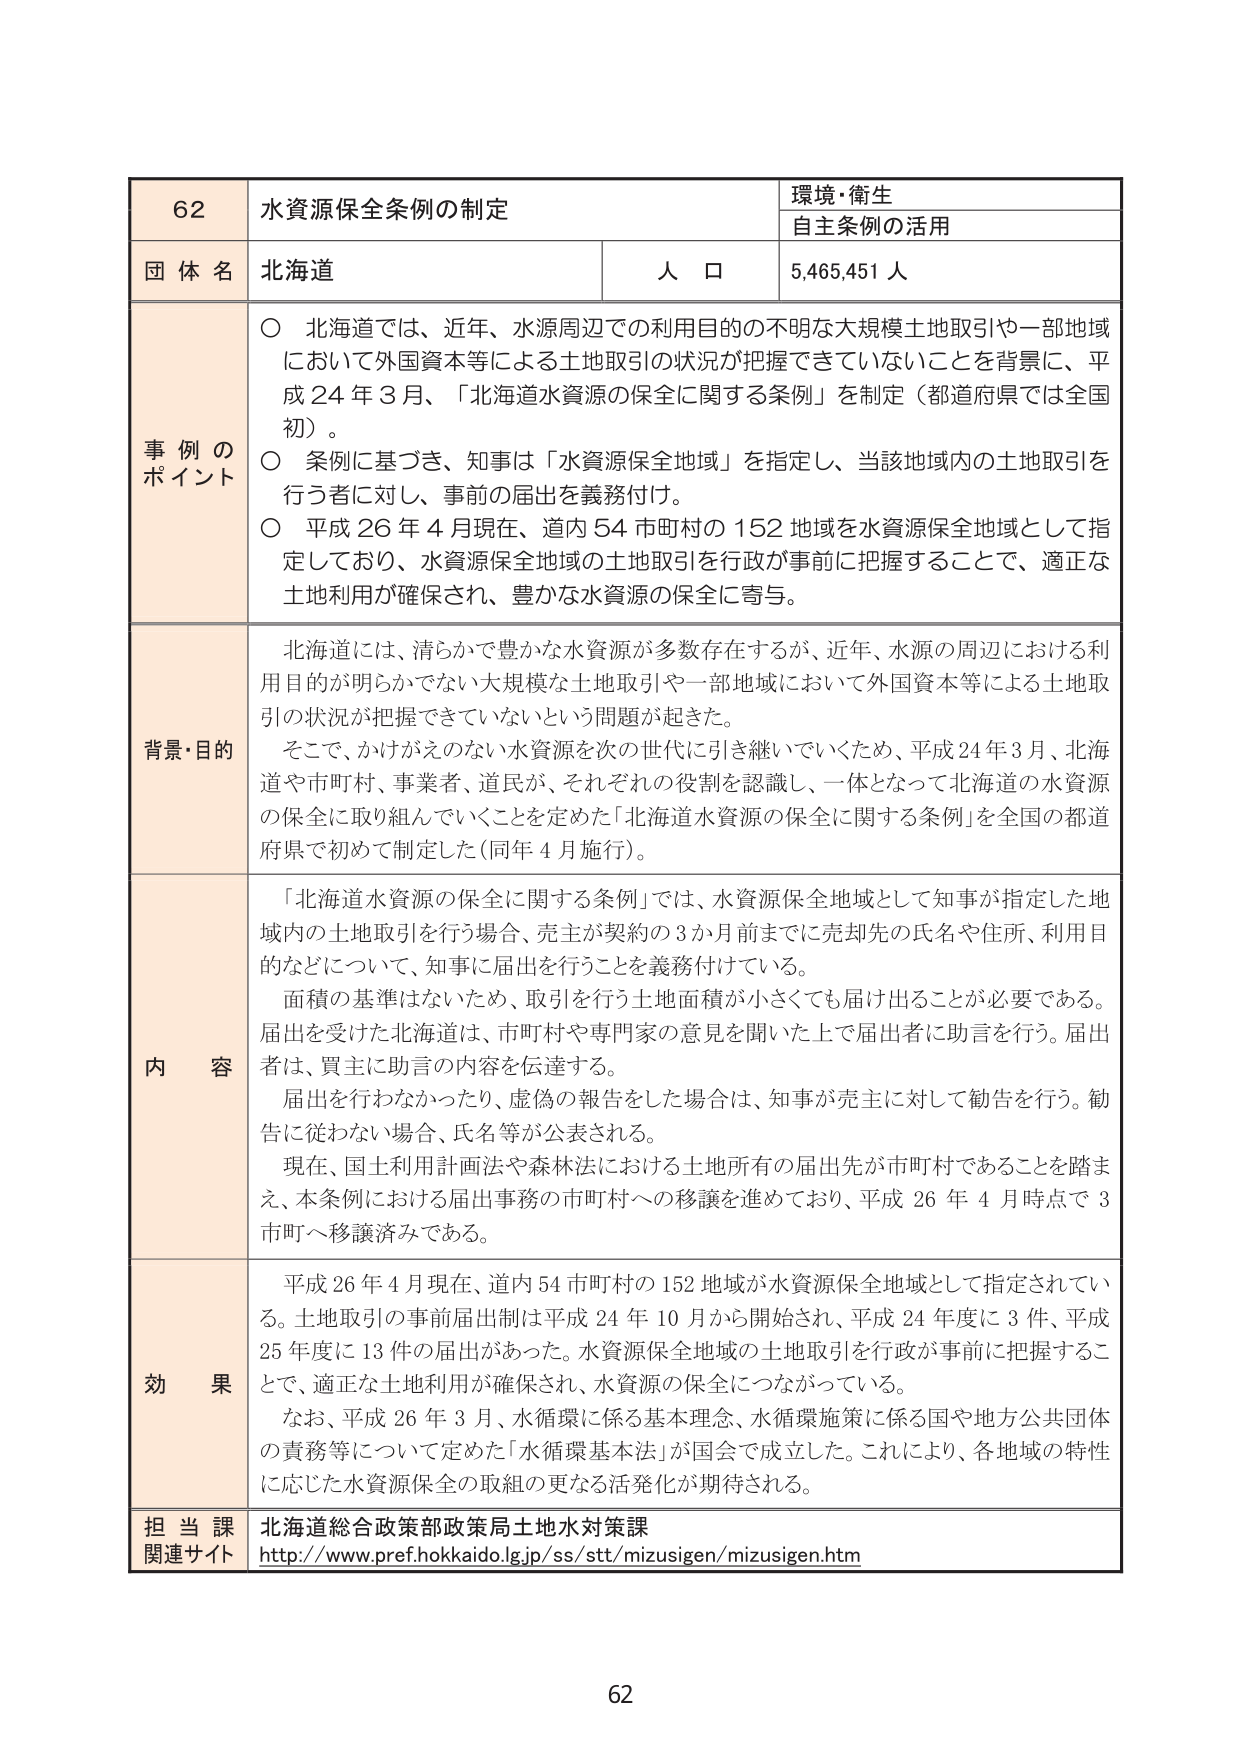
62 水資源保全条例の制定 環境・衛生 自主条例の活用 団体名 北海道 人口 5,465,451人 事例のポイント ○ 北海道では、近年、水源周辺での利用目的の不明な大規模土地取引や一部地域 において外国資本等による土地取引の状況が把握できていないことを背景に、平 成24年3月、「北海道水資源の保全に関する条例」を制定（都道府県では全国 初）。 ○ 条例に基づき、知事は「水資源保全地域」を指定し、当該地域内の土地取引を 行う者に対し、事前の届出を義務付け。 ○ 平成26年4月現在、道内54市町村の152地域を水資源保全地域として指 定しており、水資源保全地域の土地取引を行政が事前に把握することで、適正な 土地利用が確保され、豊かな水資源の保全に寄与。 背景・目的 北海道には、清らかで豊かな水資源が多数存在するが、近年、水源の周辺における利 用目的が明らかでない大規模な土地取引や一部地域において外国資本等による土地取 引の状況が把握できていないという問題が起きた。 そこで、かけがえのない水資源を次の世代に引き継いでいくため、平成24年3月、北海 道や市町村、事業者、道民が、それぞれの役割を認識し、一体となって北海道の水資源 の保全に取り組んでいくことを定めた「北海道水資源の保全に関する条例」を全国の都道 府県で初めて制定した（同年4月施行）。 内容 「北海道水資源の保全に関する条例」では、水資源保全地域として知事が指定した地 域内の土地取引を行う場合、売主が契約の3か月前までに売却先の氏名や住所、利用目 的などについて、知事に届出を行うことを義務付けている。 面積の基準はないため、取引を行う土地面積が小さくても届け出ることが必要である。 届出を受けた北海道は、市町村や専門家の意見を聞いた上で届出者に助言を行う。届出 者は、買主に助言の内容を伝達する。 届出を行わなかったり、虚偽の報告をした場合は、知事が売主に対して勧告を行う。勧 告に従わない場合、氏名等が公表される。 現在、国土利用計画法や森林法における土地所有の届出先が市町村であることを踏ま え、本条例における届出事務の市町村への移譲を進めており、平成26年4月時点で3 市町へ移譲済みである。 効果 平成26年4月現在、道内54市町村の152地域が水資源保全地域として指定されてい る。土地取引の事前届出制は平成24年10月から開始され、平成24年度に3件、平成 25年度に13件の届出があった。水資源保全地域の土地取引を行政が事前に把握するこ とで、適正な土地利用が確保され、水資源の保全につながっている。 なお、平成26年3月、水循環に係る基本理念、水循環施策に係る国や地方公共団体 の責務等について定めた「水循環基本法」が国会で成立した。これにより、各地域の特性 に応じた水資源保全の取組の更なる活発化が期待される。 担当課 北海道総合政策部政策局土地水対策課 関連サイト http://www.pref.hokkaido.lg.jp/ss/stt/mizusigen/mizusigen.htm 62